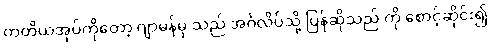
တတိယအုပ်ကိုတော့ ဂျာမန်မှ သည် အင်္ဂလိပ်သို့ ပြန်ဆိုသည် ကို စောင့်ဆိုင်း၍